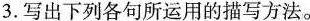
3.写出下列各句所运用的描写方法。